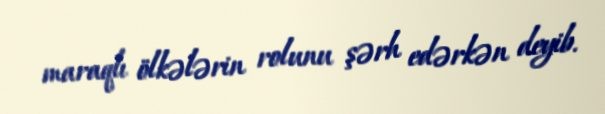
maraqlı ölkələrin rolunu şərh edərkən deyib.